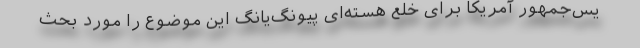
یس‌جمهور آمریکا برای خلع هسته‌ای پیونگ‌یانگ این موضوع را مورد بحث